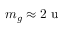
m _ { g } \approx 2 ~ \mathrm { u }